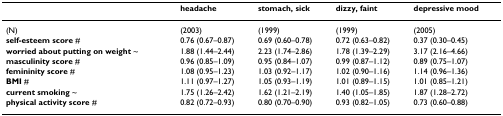
|  | headache | stomach, sick | dizzy, faint | depressive mood |
 | --- | --- | --- | --- | --- |
 | (N) | (2003) | (1999) | (1999) | (2005) |
 | self-esteem score # | 0.76 (0.67–0.87) | 0.69 (0.60–0.78) | 0.72 (0.63–0.82) | 0.37 (0.30–0.45) |
 | worried about putting on weight ~ | 1.88 (1.44–2.44) | 2.23 (1.74–2.86) | 1.78 (1.39–2.29) | 3.17 (2.16–4.66) |
 | masculinity score # | 0.96 (0.85–1.09) | 0.95 (0.84–1.07) | 0.99 (0.87–1.12) | 0.89 (0.75–1.07) |
 | femininity score # | 1.08 (0.95–1.23) | 1.03 (0.92–1.17) | 1.02 (0.90–1.16) | 1.14 (0.96–1.36) |
 | BMI # | 1.11 (0.97–1.27) | 1.05 (0.93–1.19) | 1.01 (0.89–1.15) | 1.01 (0.85–1.21) |
 | current smoking ~ | 1.75 (1.26–2.42) | 1.62 (1.21–2.19) | 1.40 (1.05–1.85) | 1.87 (1.28–2.72) |
 | physical activity score # | 0.82 (0.72–0.93) | 0.80 (0.70–0.90) | 0.93 (0.82–1.05) | 0.73 (0.60–0.88) |